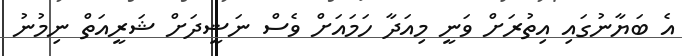
އެ ބަޔާނުގައި އިތުރަށް ވަނީ މިއަދާ ހަމައަށް ވެސް ނަޝީދަށް ޝަރީއަތް ނިމުނު